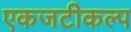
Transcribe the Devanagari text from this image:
एकजटीकल्प